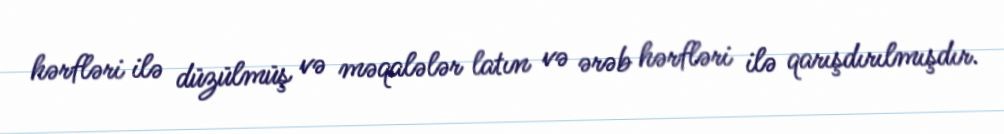
hərfləri ilə düzülmüş və məqalələr latın və ərəb hərfləri ilə qarışdırılmışdır.